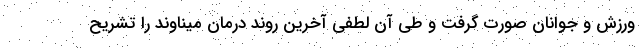
ورزش و جوانان صورت گرفت و طی آن لطفی آخرین روند درمان میناوند را تشریح